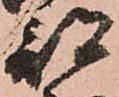
部